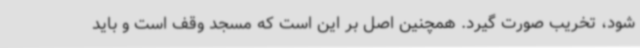
شود، تخریب صورت گیرد. همچنین اصل بر این است که مسجد وقف است و باید